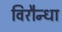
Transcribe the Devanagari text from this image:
विरौन्धा